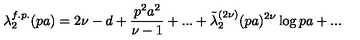
\lambda _ { 2 } ^ { f . p . } ( p a ) = 2 \nu - d + \frac { p ^ { 2 } a ^ { 2 } } { \nu - 1 } + . . . + \tilde { \lambda } _ { 2 } ^ { ( 2 \nu ) } ( p a ) ^ { 2 \nu } \log { p a } + . . .